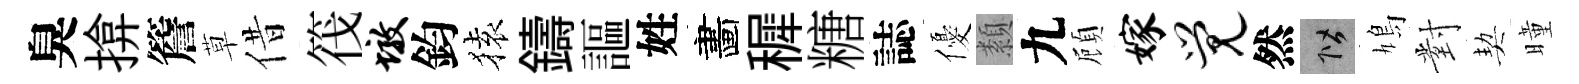
臭揜簷草借筏墩鈞𫞤鑄謳姓畵穉糖誌優纇九頋嫁觉然階鳩對契曈